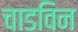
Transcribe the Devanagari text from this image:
चाडविन